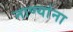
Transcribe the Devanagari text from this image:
नाण्यांना